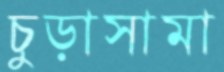
চুড়াসামা